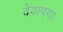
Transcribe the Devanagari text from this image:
देवापगा